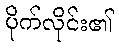
ပိုက်လိုင်း၏